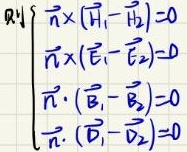
\[
\text{则} \left\{
\begin{array}{l}
\vec{n} \times (\vec{H}_1 - \vec{H}_2) = 0 \\
\vec{n} \times (\vec{E}_1 - \vec{E}_2) = 0 \\
\vec{n} \cdot (\vec{B}_1 - \vec{B}_2) = 0 \\
\vec{n} \cdot (\vec{D}_1 - \vec{D}_2) = 0
\end{array}
\right.
\]